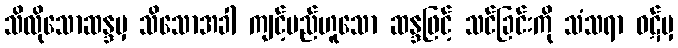
သိလိုသောဆန္ဒမှ သိသောအခါ ကျင့်မည်ဟူသော ဆန္ဒဖြင့် သင်ခြင်းကို သံသရာ ဝဋ်မှ